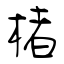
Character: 楮